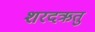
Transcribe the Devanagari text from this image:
शरदऋतु